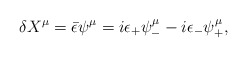
\begin{align*}\delta X^\mu =\bar{\epsilon}\psi^\mu = i\epsilon_+\psi_- ^\mu-i\epsilon_-\psi_+ ^\mu ,\end{align*}